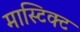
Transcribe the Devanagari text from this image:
मास्टिक्ट